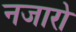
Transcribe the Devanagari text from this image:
नजारो